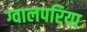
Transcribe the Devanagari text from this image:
ग्वालपरिया